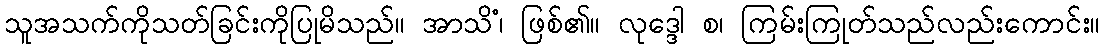
သူအသက်ကိုသတ်ခြင်းကိုပြုမိသည်။ အာသိံ၊ ဖြစ်၏။ လုဒ္ဒေါ စ၊ ကြမ်းကြုတ်သည်လည်းကောင်း။